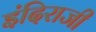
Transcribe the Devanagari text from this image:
इंदिराजी